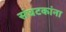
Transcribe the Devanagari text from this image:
संघटकांना